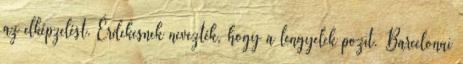
az elképzelést. Érdekesnek nevezték, hogy a lengyelek pozit. Barcelonai